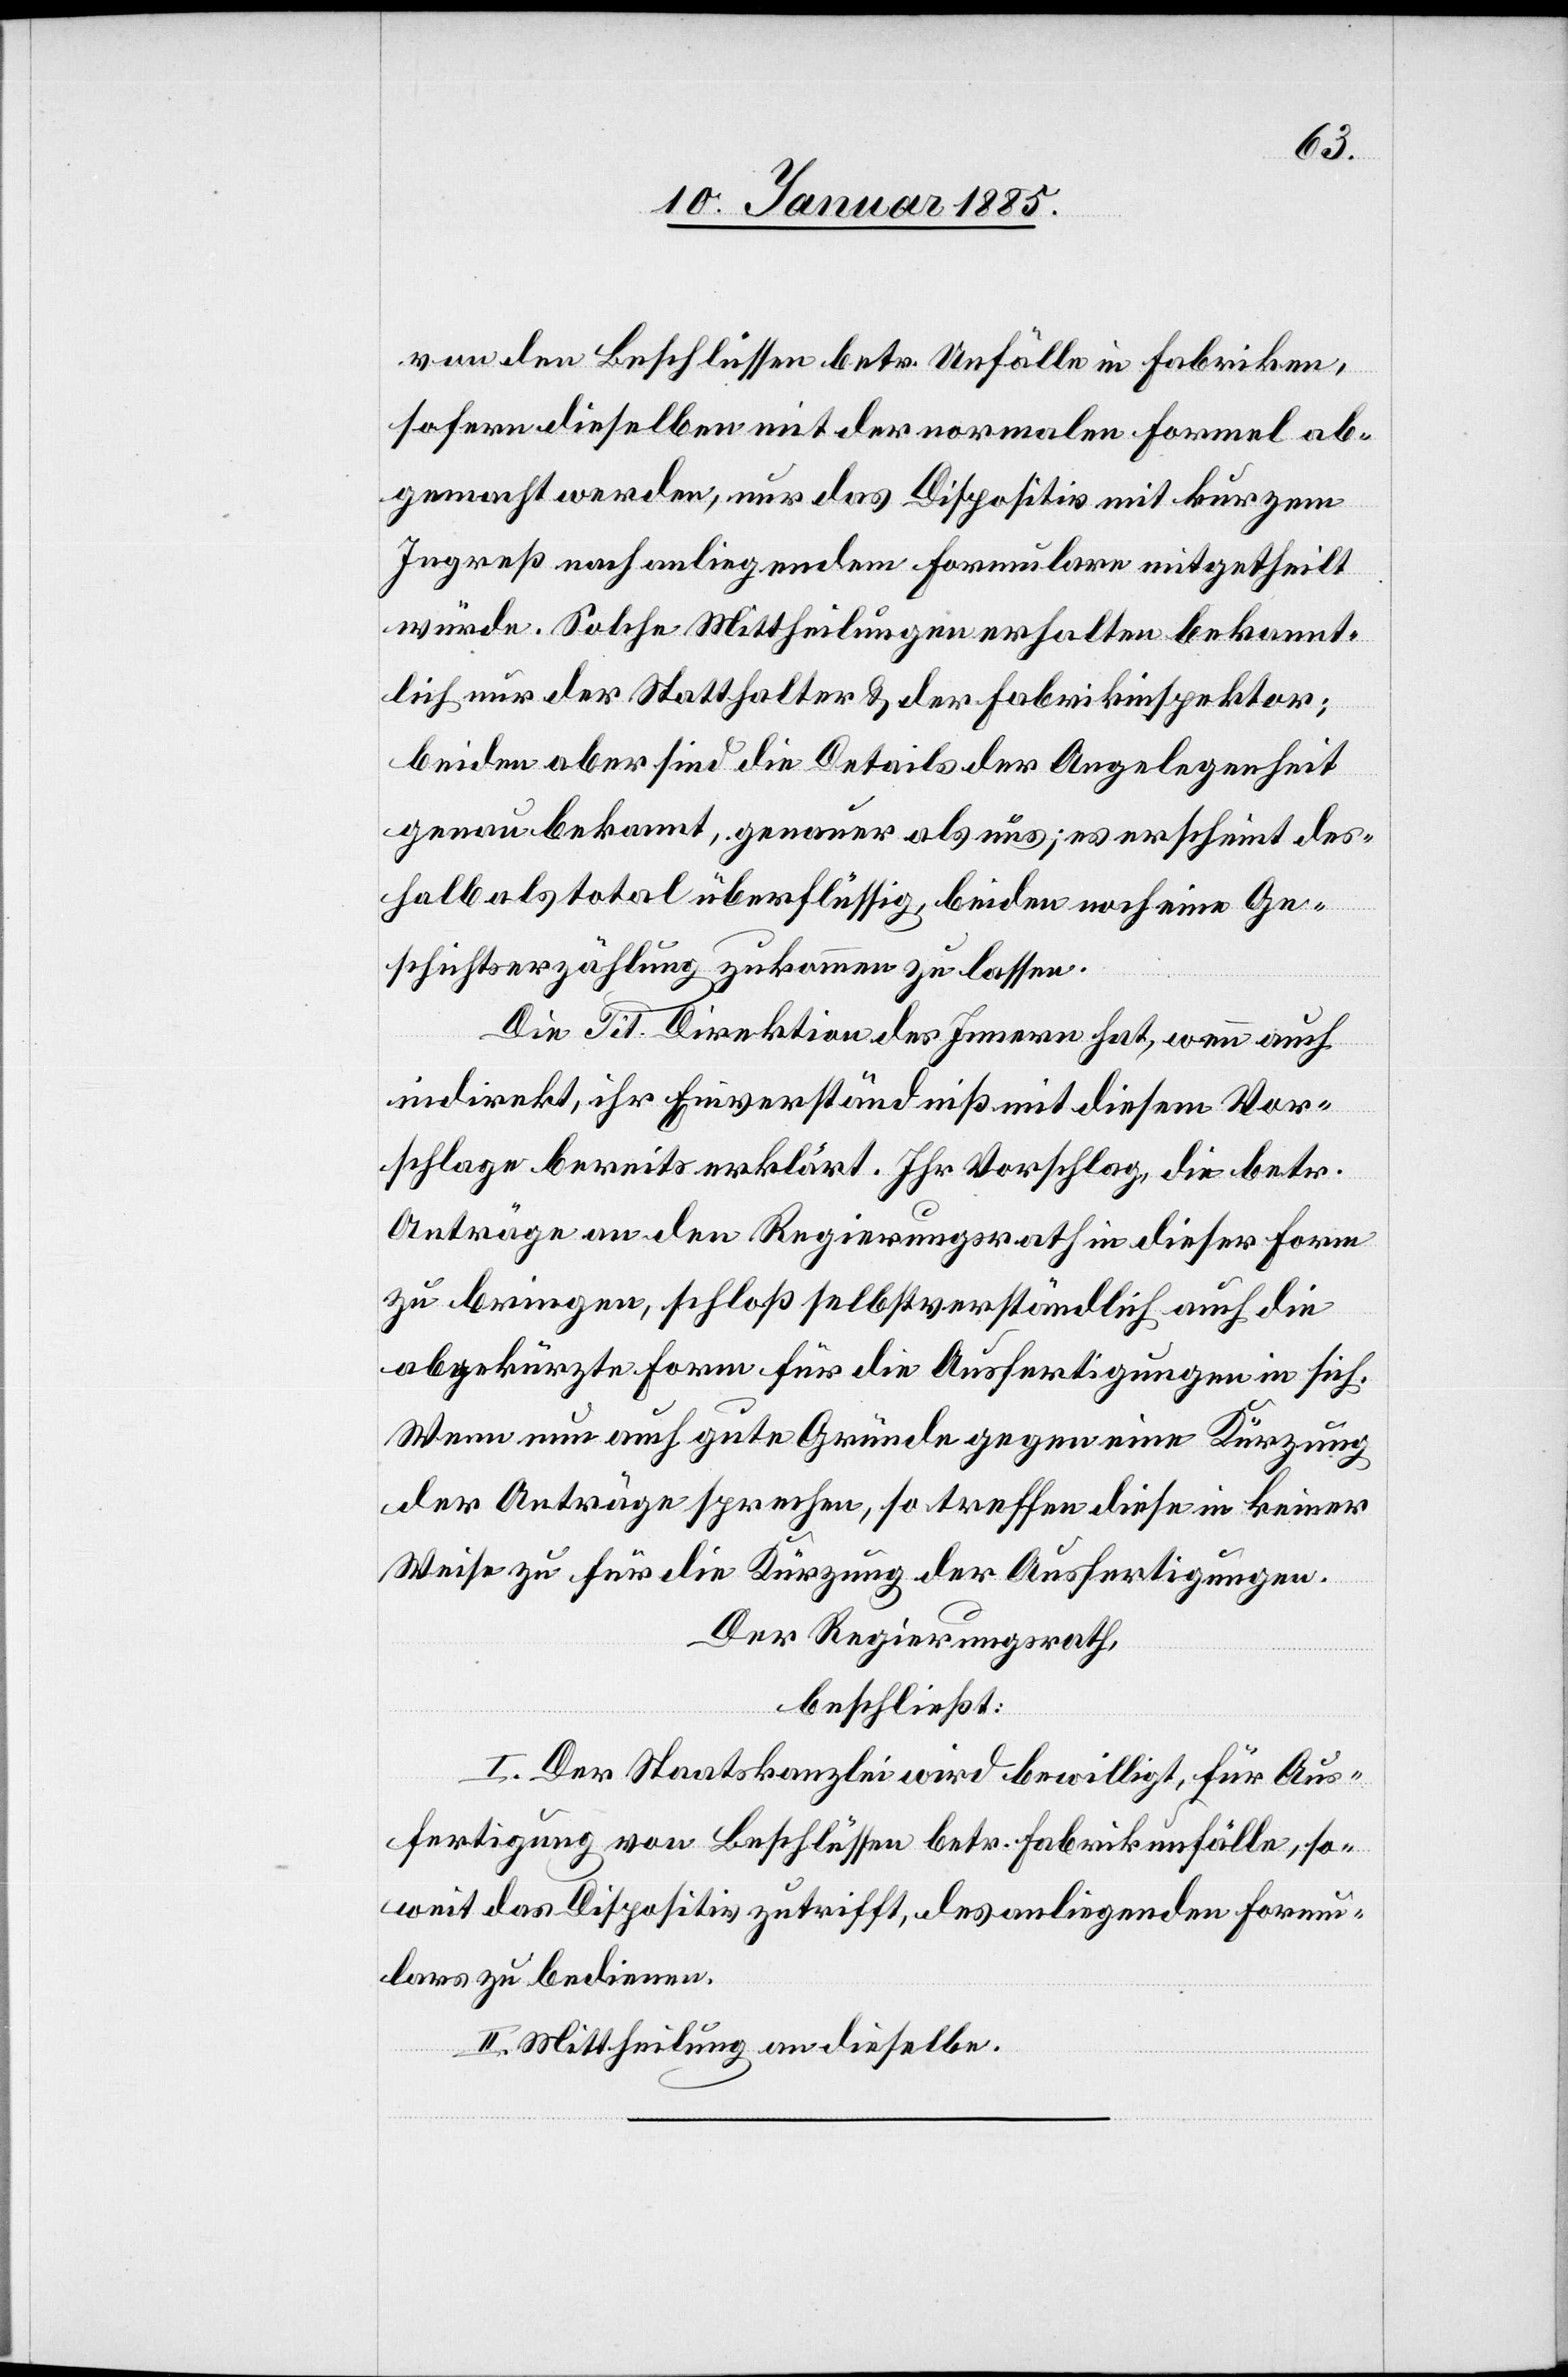
von den Beschlüssen betr. Unfälle in Fabriken,
sofern dieselben mit der normalen Formel ab¬
gemacht werden, nur das Dispositiv mit kurzem
Ingreß nach anliegendem Formulare mitgetheilt
würde. Solche Mittheilungen erhalten bekannt¬
lich nur der Statthalter & der Fabrikinspektor;
beiden aber sind die Details der Angelegenheit
genau bekannt, genauer als uns; es erscheint des¬
halb als total überflüssig, beiden noch eine Ge¬
schichtserzählung zukommen zu lassen.
Die Tit. Direktion des Innern hat, wenn auch
indirekt, ihr Einverständniß mit diesem Vor¬
schlage bereits erklärt. Ihr Vorschlag, die betr.
Anträge an den Regierungsrath in dieser Form
zu bringen, schloß selbstverständlich auch die
abgekürzte Form für die Ausfertigungen in sich.
Wenn nun auch gute Gründe gegen eine Kürzung
der Anträge sprechen, so treffen diese in keiner
Weise zu für die Kürzung der Ausfertigungen.
Der Regierungsrath,
beschließt:
I. Der Staatskanzlei wird bewilligt, für Aus¬
fertigung von Beschlüssen betr. Fabrikunfälle, so¬
weit das Dispositiv zutrifft, des anliegenden Formu¬
lares zu bedienen.
II. Mittheilung an dieselbe.